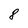
Character: 8